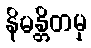
နိမန္တိတမှ